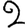
Digit: 2